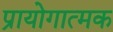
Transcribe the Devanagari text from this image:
प्रायोगात्मक